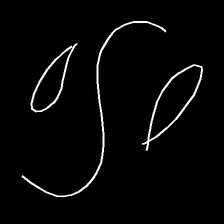
Glyph: water